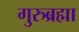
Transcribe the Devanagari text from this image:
गुरुब्रह्मा